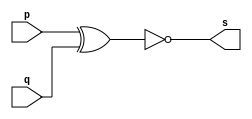
// Exemplo0008 - XNOR
// Nome: talo Guimares Otoni

module xnorgate (output s, input p, input q);

	assign s = ~(p ^ q);

endmodule

module testenorgate;

	reg a,b;
	wire s;
	
	xnorgate XNOR1(s, a, b);
	
	initial begin:start
	
	a=0;
	b=0;
	
	end
	
	initial begin:main
	
	$display("Exemplo0008 - talo Guimares Otoni - 451581");
   $display("Test XNOR gate");
	$monitor ("%b %b = %b", a, b, s);
	
	#1 a=0; b=1;
	#1 a=1; b=0;
	#1 a=1; b=1;
	end

endmodule